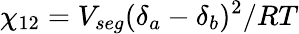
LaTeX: \chi_{12}=V_{seg}(\delta_{a}-\delta_{b})^{2}/RT